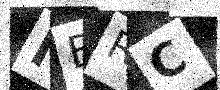
Text: NBRC